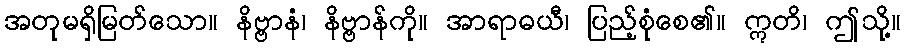
အတုမရှိမြတ်သော။ နိဗ္ဗာနံ၊ နိဗ္ဗာန်ကို။ အာရာဓယီ၊ ပြည့်စုံစေ၏။ ဣတိ၊ ဤသို့။